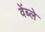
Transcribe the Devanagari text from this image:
वेंब्ले